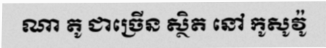
ណា តូ ជាច្រើន ស្ថិត នៅ កូសូវ៉ូ